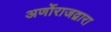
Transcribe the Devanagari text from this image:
अर्णोराजद्वारा